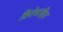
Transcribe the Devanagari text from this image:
विरोधरहित